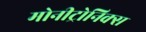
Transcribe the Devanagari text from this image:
मोनीट्रोनिक्स